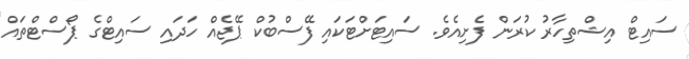
ސައިޓް އިޝްތިހާރު ކުރަން ފެށިއެވެ. ސައިޓަށްޓަކައި ފޭސްބުކް ޕޭޖެއް ހަދައި ސައިޓްގެ ޕޯސްޓްތައް